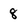
Character: 8